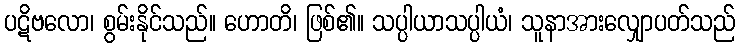
ပဋိဗလော၊ စွမ်းနိုင်သည်။ ဟောတိ၊ ဖြစ်၏။ သပ္ပါယာသပ္ပါယံ၊ သူနာအားလျှောပတ်သည်